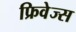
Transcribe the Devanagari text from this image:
फ्रिवेज्स